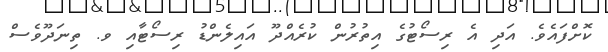
ކޮށްފައެވެ. އަދި އެ ރިސޯޓުގެ އިތުރުން ކުރެއްދޫ އައިލެންޑު ރިސޯޓާއި ވ. ތިނަދޫވެސް